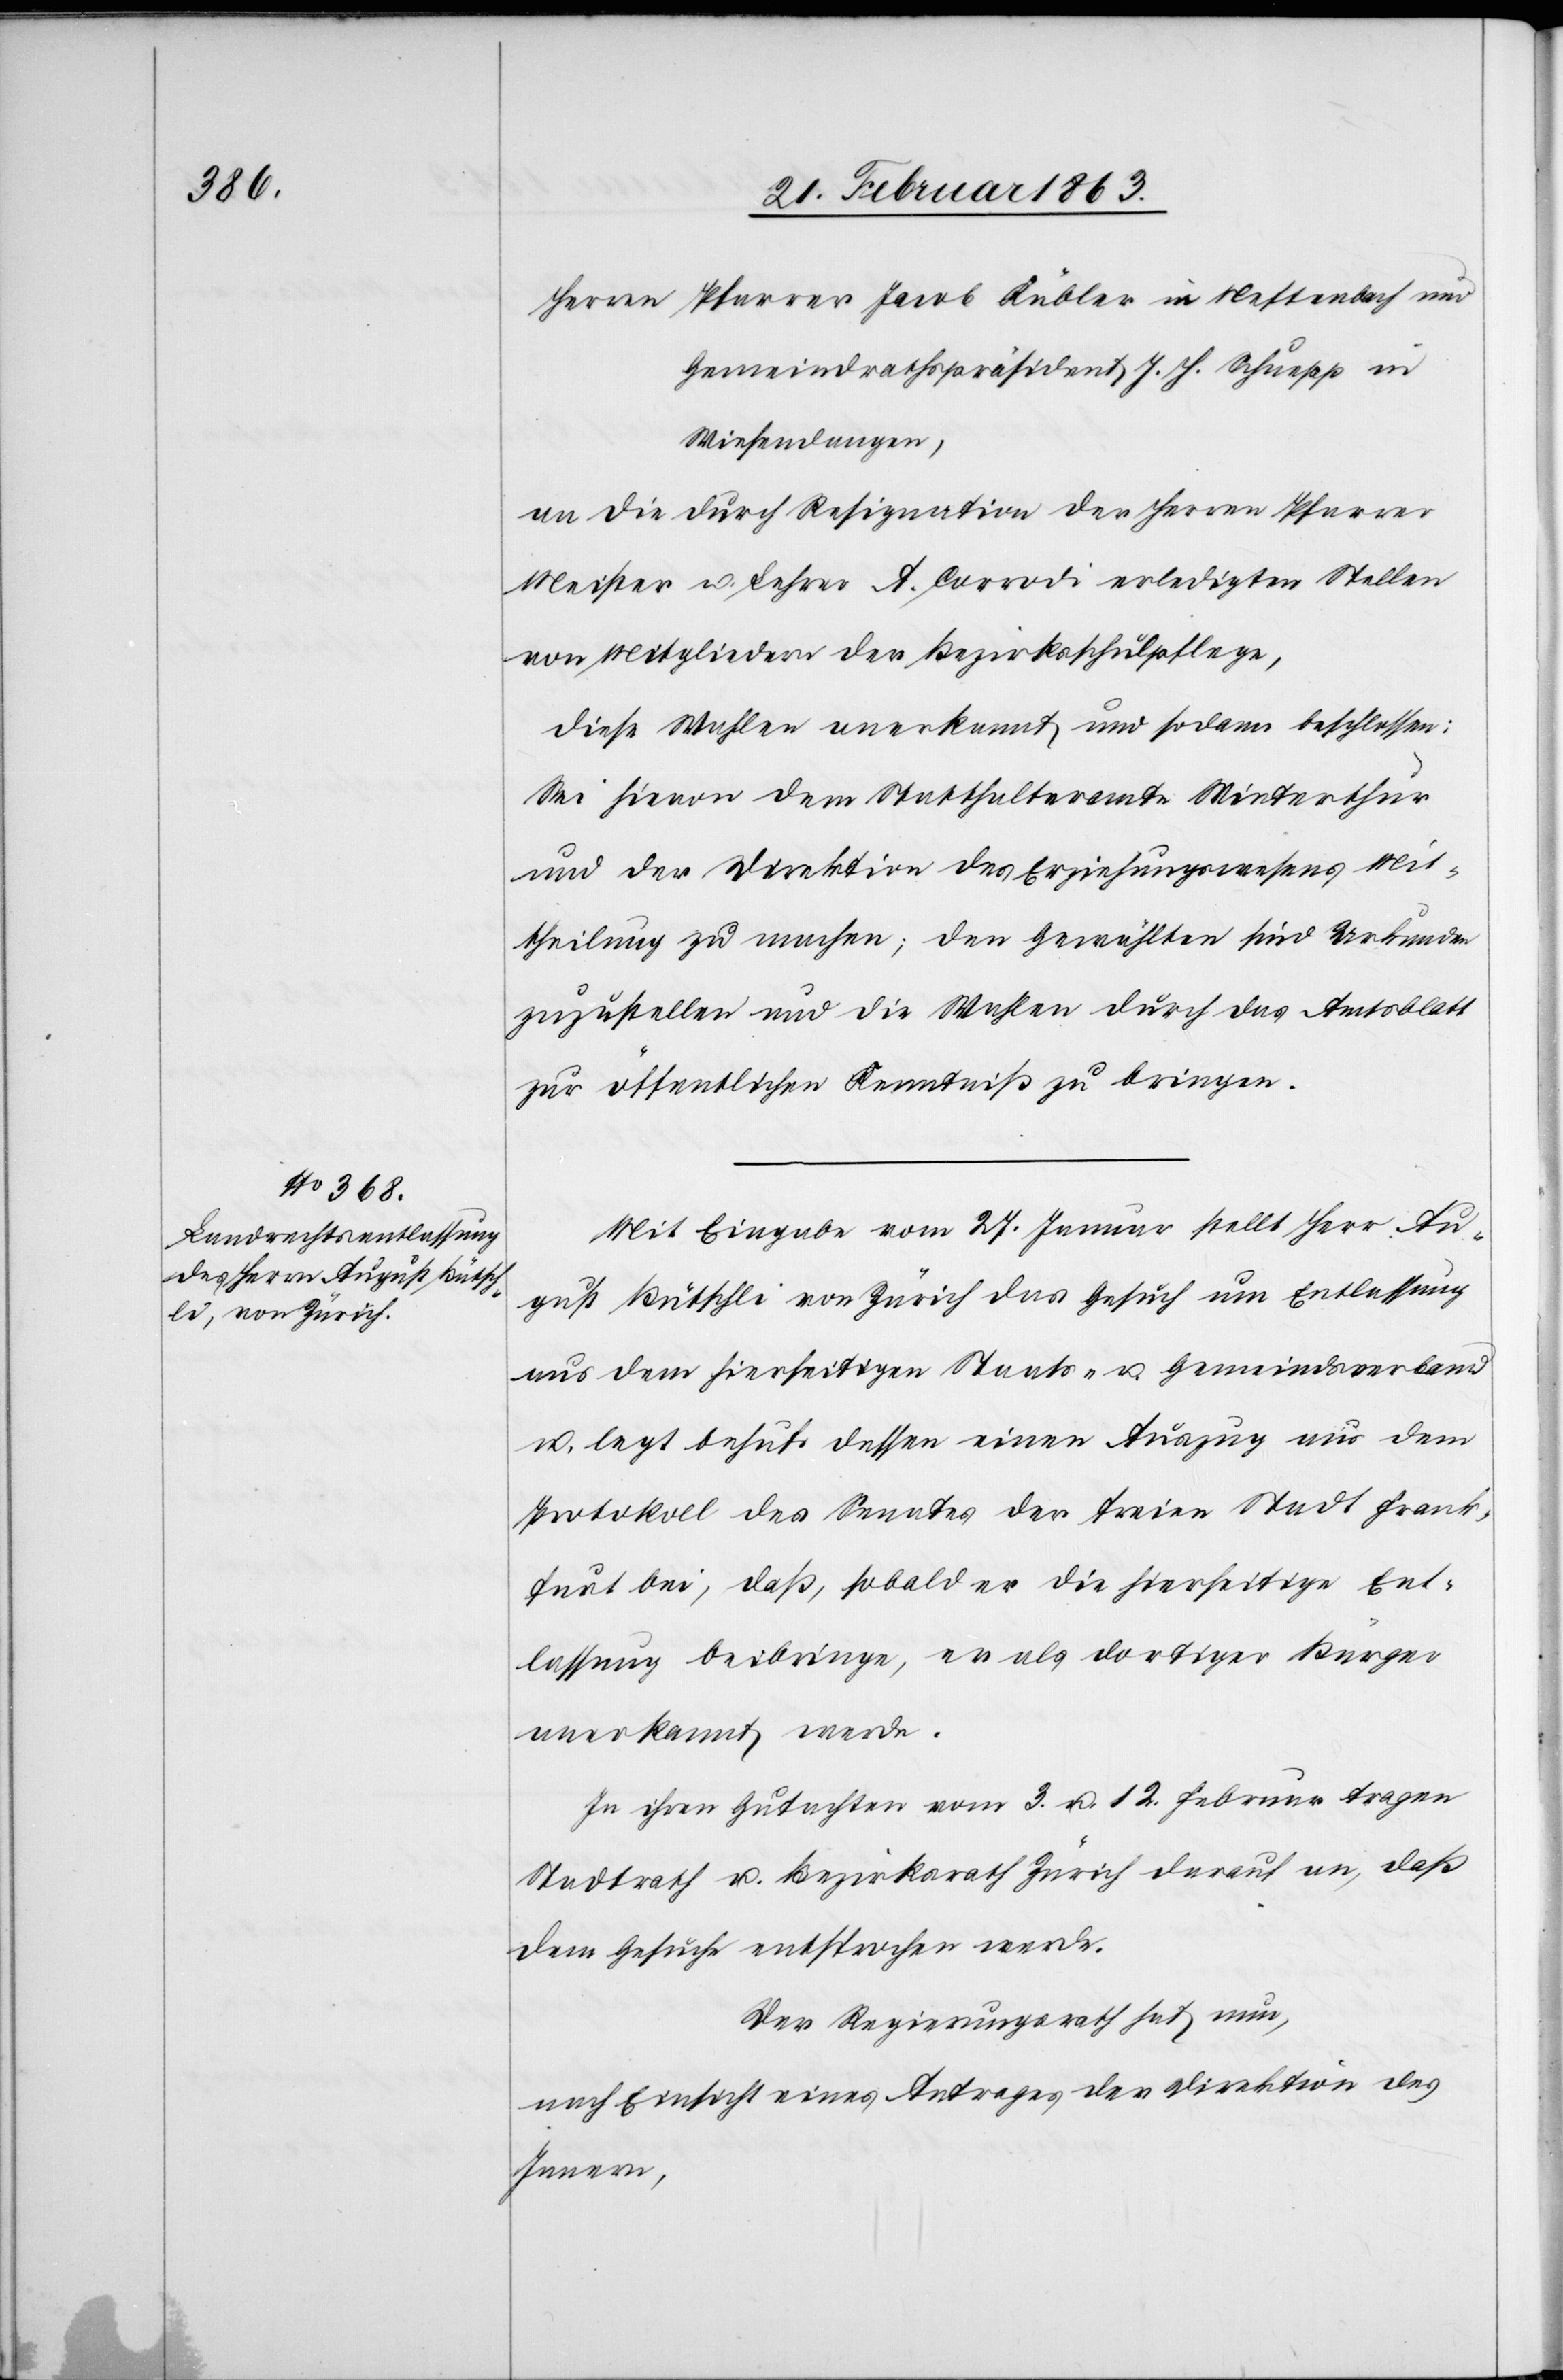
Herrn Pfarrer Jacob Kübler in Neftenbach und
Gemeindrathspräsident J. H. Schuepp in
Wiesendangen,
an die durch Resignation der Herren Pfarrer
Meister u. Lehrer A. Corrodi erledigten Stellen
von Mitgliedern der Bezirksschulpflege,
diese Wahlen anerkannt und sodann beschlossen:
Sei hievon dem Statthalteramte Winterthur
und der Direktion des Erziehungswesens Mit¬
theilung zu machen; den Gewählten sind Urkunden
zuzustellen und die Wahlen durch das Amtsblatt
zur öffentlichen Kenntniß zu bringen.
Mit Eingabe vom 27. Januar stellt Herr Au¬
gust Bütschli von Zürich das Gesuch um Entlassung
aus dem hierseitigen Staats- u. Gemeindsverband
u. legt behufs dessen einen Auszug aus dem
Protokoll des Senates der freien Stadt Frank¬
furt bei, daß, sobald er die hierseitige Ent¬
lassung beibringe, er als dortiger Bürger
anerkannt werde.
In ihren Gutachten vom 3. u. 12. Februar tragen
Stadtrath u. Bezirksrath Zürich darauf an, daß
dem Gesuche entsprochen werde.
Der Regierungsrath hat nun,
nach Einsicht eines Antrages der Direktion des
Innern,